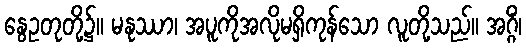
နွေဥတုတို့၌။ မနုဿာ၊ အပူကိုအလိုမရှိကုန်သော လူတို့သည်။ အဂ္ဂိံ၊